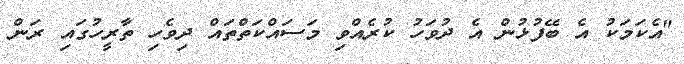
"އެކަމަކު އެ ބޭފުޅުން އެ ދުވަހު ކުރެއްވި މަސައްކަތްތައް ދިވެހި ތާރީހުގައި ރަން